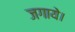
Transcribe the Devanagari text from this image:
जगाये।